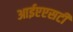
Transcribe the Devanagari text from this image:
आईएएसटी